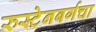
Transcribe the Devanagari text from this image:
रुस्टेनबर्गचा